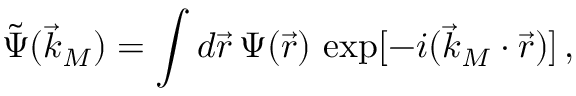
\tilde { \Psi } ( \vec { k } _ { M } ) = \int d \vec { r } \, \Psi ( \vec { r } ) \, \exp [ - i ( \vec { k } _ { M } \cdot \vec { r } ) ] \, ,